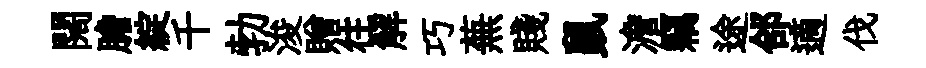
闊膽綻千勃浚贈往解巧蕪賤鼠澹竊途郃適伐